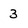
Character: 3